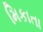
મિકાતા